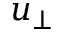
u _ { \perp }